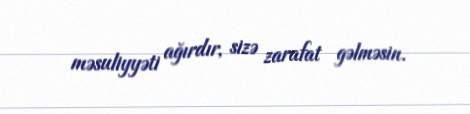
məsuliyyəti ağırdır, sizə zarafat gəlməsin.